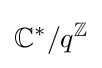
\mathbb {C} ^{*}/q^{\mathbb {Z} }